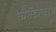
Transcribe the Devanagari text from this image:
सीमेंटीकरण